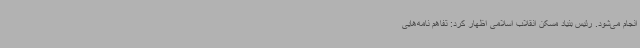
انجام می‌شود. رئیس بنیاد مسکن انقلاب اسلامی اظهار کرد: تفاهم نامه‌هایی